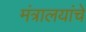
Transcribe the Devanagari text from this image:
मंत्रालयांचे